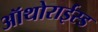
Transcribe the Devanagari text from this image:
ऑथोराईस्ड